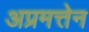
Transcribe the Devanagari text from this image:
अप्रमत्तेन